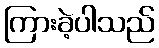
ကြားခဲ့ပါသည်